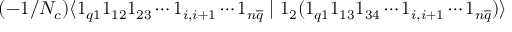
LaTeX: ( - 1 / N _ { c } ) \langle 1 _ { q 1 } 1 _ { 1 2 } 1 _ { 2 3 } \cdots 1 _ { i , i + 1 } \cdots 1 _ { n \overline { { { q } } } } \mid 1 _ { 2 } ( 1 _ { q 1 } 1 _ { 1 3 } 1 _ { 3 4 } \cdots 1 _ { i , i + 1 } \cdots 1 _ { n \overline { { { q } } } } ) \rangle